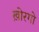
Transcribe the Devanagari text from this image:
ख़ोरगो